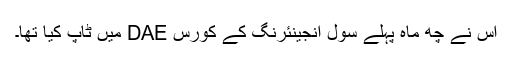
اس نے چھ ماہ پہلے سول انجینئرنگ کے کورس DAE میں ٹاپ کیا تھا۔